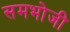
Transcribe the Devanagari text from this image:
समभोजी